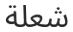
شعلة